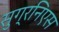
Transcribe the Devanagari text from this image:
सुग्रनिएस